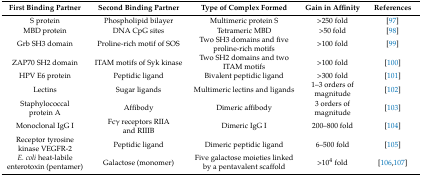
| First Binding Partner | Second Binding Partner | Type of Complex Formed | Gain in Affinity | References |
 | --- | --- | --- | --- | --- |
 | S protein | Phospholipid bilayer | Multimeric protein S | >250 fold | [97] |
 | MBD protein | DNA CpG sites | Tetrameric MBD | >50 fold | [98] |
 | Grb SH3 domain | Proline-rich motif of SOS | Two SH3 domains and five proline-rich motifs | >100 fold | [99] |
 | ZAP70 SH2 domain | ITAM motifs of Syk kinase | Two SH2 domains and two ITAM motifs | >100 fold | [100] |
 | HPV E6 protein | Peptidic ligand | Bivalent peptidic ligand | >300 fold | [101] |
 | Lectins | Sugar ligands | Multimeric lectins and ligands | 1–3 orders of magnitude | [102] |
 | Staphylococcal protein A | Affibody | Dimeric affibody | 3 orders of magnitude | [103] |
 | Monoclonal IgG I | Fcγ receptors RIIA and RIIIB | Dimeric IgG I | 200–800 fold | [104] |
 | Receptor tyrosine kinase VEGFR-2 | Peptidic ligand | Dimeric peptidic ligand | 6–500 fold | [105] |
 | E. coli heat-labile enterotoxin (pentamer) | Galactose (monomer) | Five galactose moieties linked by a pentavalent scaffold | >104 fold | [106,107] |